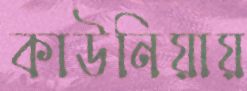
কাউনিয়ায়